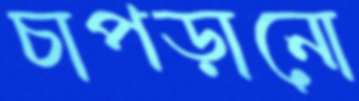
চাপড়ানো